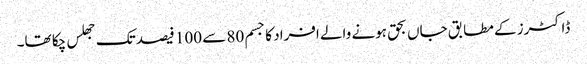
ڈاکٹرز کے مطابق جاں بحق ہونے والے افراد کا جسم 80 سے 100 فیصد تک جھلس چکا تھا۔